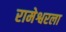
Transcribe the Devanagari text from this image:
रामेश्वरला